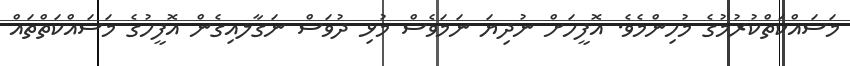
މަސައްކަތްކުރުމުގެ މުހިންމެވެ. އޮފީހަށް ނުދިޔަ ނަމަވެސް މުޅި ދުވަސް ނަގާލއިގެން އޮފީހުގެ މަސައްކަތްތައް